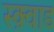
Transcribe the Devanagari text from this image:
स्क़्वाड